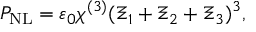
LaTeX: P _ { \mathrm { N L } } = \varepsilon _ { 0 } \chi ^ { ( 3 ) } ( \Xi _ { 1 } + \Xi _ { 2 } + \Xi _ { 3 } ) ^ { 3 } ,